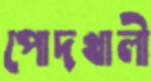
পোদখালী